Medical and sanitary report of the native army of Bengal for the year
Year: 1874
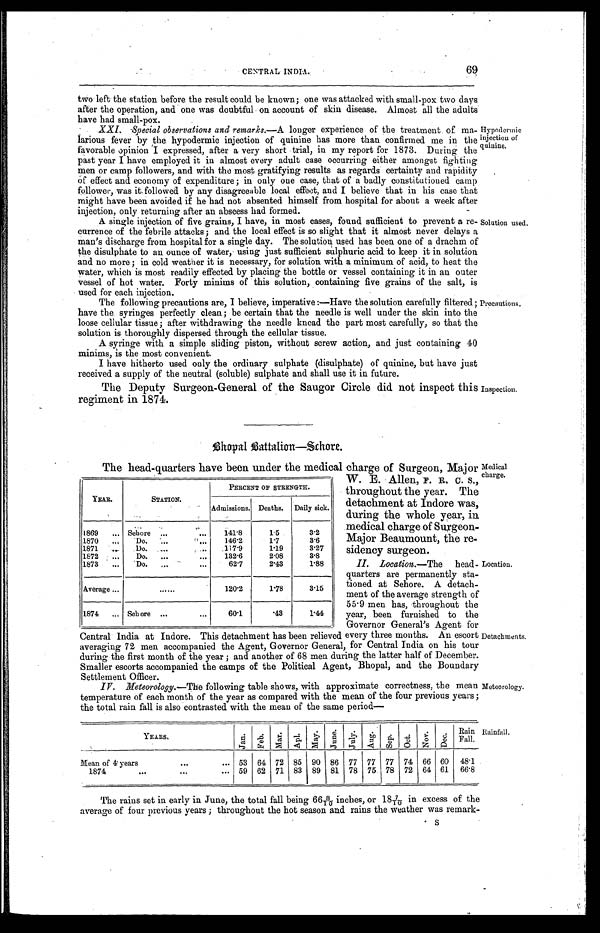
69
CENTRAL INDIA
.
two left the station before the result could be known; one was attacked with small-pox two days
after the operation, and one was doubtful on account of skin disease. Almost all the adults
have had small-pox.
XXI. Special observations and remarks.—A longer experience of the treatment of ma
-larious fever by the hypodermic injection of quinine has more than confirmed me in the
favorable opinion I expressed, after a very short trial, in my report for 1873. During the
past year I have employed it in almost every adult case occurring either amongst fighting
men or camp followers, and with the most gratifying results as regards certainty and rapidity
of effect and economy of expenditure; in only one case, that of a badly constitutioned camp
follower, was it, followed by any disagreeable local effect, and I believe that in his case that
might have been avoided if he had not absented himself from hospital for about a week after
injection, only returning after an abscess had formed.
A single injection of five grains, I have, in most cases, found sufficient to prevent a re
-
currence of the febrile attacks; and the local effect is so slight that it almost never delays a
man's discharge from hospital for a single day. The solution used has been one of a drachm of
the disulphate to an ounce of water, using just sufficient sulphuric acid to keep it in solution
and no more; in cold weather it is necessary, for solution with a minimum of acid, to heat the
water, which is most readily effected by placing the bottle or vessel containing it in an outer
vessel of hot water. Forty minims of this solution, containing five grains of the salt, is
used for each injection.
Hypodermic
i i n j e c t i o n o f
quinine.
Solution used.
The following precautions are, I believe, imperative:—Have the solution carefully filtered;
have the syringes perfectly clean; be certain that the needle is well under the skin into the
loose cellular tissue; after withdrawing the needle knead the part most carefully, so that the
s o l u t i o n i s t h o r o u g h l y d i s p e r s e d t h r o u g h t h e c e l l u l a r t i s s u e .
A syringe with a simple sliding piston, without screw action, and just containing 40
minims, is the most convenient.
I have hitherto used only the ordinary sulphate (disulphate) of quinine, but have just
received a supply of the neutral (soluble) sulphate and shall use it in future.
The Deputy Surgeon-General of the Saugor Circle did not inspect this
regiment in 1874.
Precautions.
Inspection.
Bhopal Battalion—Schore.
The head-quarters have been under the medical charge of Surgeon, Major
W. E. Allen, F. R. C. S.,
throughout the year. The
detachment at Indore was,
during the whole year, in
medical charge of Surgeon
-Major Beaumount, the re
-sidency surgeon.
II. Location .—The head -
quarters are permanently sta -
tioned at Sehore. A detach -
ment of the average strength of
55.9 men has, throughout the
year, been furnished to the
Governor General's Agent for
Central India at Indore. This detachment has been relieved every three months. An escort
averaging 72 men accompanied the Agent, Governor General, for Central India on his tour
during the first month of the year; and another of 68 men during the latter half of December.
Smaller escorts accompanied the camps of the Political Agent, Bhopal, and the Boundary S e t t l e m e n t O f f i c e r .
IV. Meteorology .—The following table shows, with approximate correctness, the mean
temperature of each month of the year as compared with the mean of the four previous years;
the total rain fall is also contrasted with the mean of the same period—
YEARS.
J a n .
F e b .
M a r .
A p l .
M a y .
J u n e .
J u l y .
A u g . S e p . O c t .
N o v .
D e c .
Rain
Fall.
Mean of 4 years . . . 53 64 72 85 90 86 77 77 77 74 66 60 48.1
1874 . . . 59 62 71 83 89 81 78 75 78 72 64 61 66.8
YEAR.
STATION.
PERCENT OF STRENGTH.
Admissions. Deaths. Daily sick.
1869 . . .
Sehore . . .
141.8
1.5
3.2
1870 . . .
Do. . . .
146.2
1.7
3.6
1871 . . .
Do. . . .
117.9
1.19
3.27
1872 . . .
Do. . . .
132.6
2.08
3.8
1873 . . .
Do. . . .
62.7
2.43
1.88
Average . . .
. . .
120.2
1.78
3.15
1874 . . .
Sehore . . .
60.1
.43
1.44
Medical
Charge.
Location.
Detachments.
Meteorology.
Rainfall.
The rains set in early in June, the total fall being 66 8/10 inches, or 18 7/10 in excess of the
average of four previous years; throughout the hot season and rains the weather was remark
-